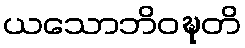
ယသောဘိဝဍ္ဎတိ